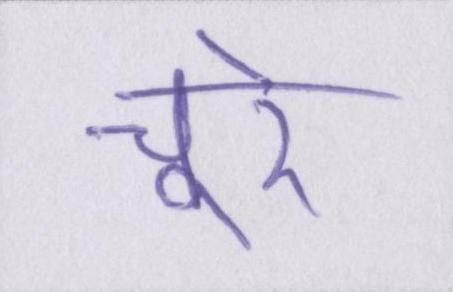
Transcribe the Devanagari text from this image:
चूरे